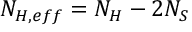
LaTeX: N _ { H , e f f } = N _ { H } - 2 N _ { S }